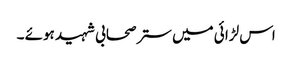
اس لڑا ئی میں ستر صحابی شہید ہوئے ۔